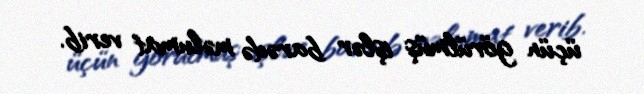
üçün görülmüş işlər barədə məlumat verib.